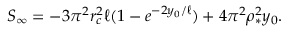
S _ { \infty } = - 3 \pi ^ { 2 } r _ { c } ^ { 2 } \ell ( 1 - e ^ { - 2 y _ { 0 } / \ell } ) + 4 \pi ^ { 2 } \rho _ { * } ^ { 2 } y _ { 0 } .